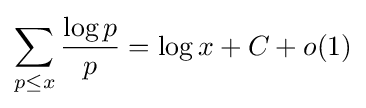
\sum _{p\leq x}{\frac {\log p}{p}}=\log x+C+o(1)